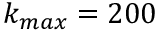
k _ { m a x } = 2 0 0